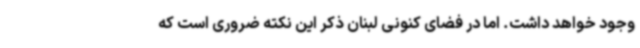
وجود خواهد داشت. اما در فضای کنونی لبنان ذکر این نکته ضروری است که